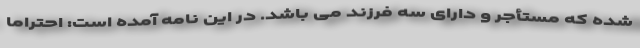
شده که مستأجر و دارای سه فرزند می باشد. در این نامه آمده است: احتراماً